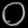
Digit: ၀